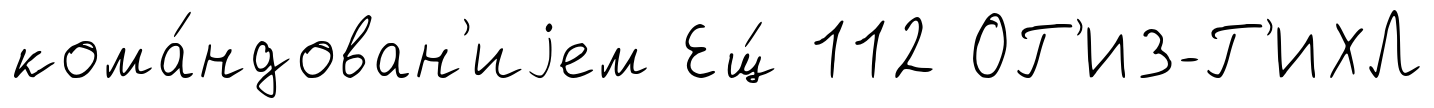
кома́ндован'иjем Ещ́ 112 ОГ'ИЗ-Г'ИХЛ